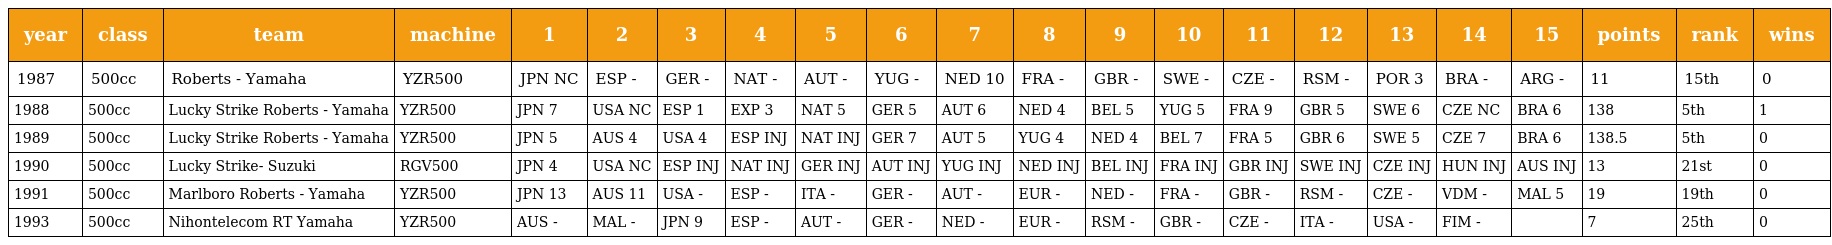
| year | class | team | machine | 1 | 2 | 3 | 4 | 5 | 6 | 7 | 8 | 9 | 10 | 11 | 12 | 13 | 14 | 15 | points | rank | wins |
 | --- | --- | --- | --- | --- | --- | --- | --- | --- | --- | --- | --- | --- | --- | --- | --- | --- | --- | --- | --- | --- | --- |
 | 1987 | 500cc | Roberts - Yamaha | YZR500 | JPN NC | ESP - | GER - | NAT - | AUT - | YUG - | NED 10 | FRA - | GBR - | SWE - | CZE - | RSM - | POR 3 | BRA - | ARG - | 11 | 15th | 0 |
 | 1988 | 500cc | Lucky Strike Roberts - Yamaha | YZR500 | JPN 7 | USA NC | ESP 1 | EXP 3 | NAT 5 | GER 5 | AUT 6 | NED 4 | BEL 5 | YUG 5 | FRA 9 | GBR 5 | SWE 6 | CZE NC | BRA 6 | 138 | 5th | 1 |
 | 1989 | 500cc | Lucky Strike Roberts - Yamaha | YZR500 | JPN 5 | AUS 4 | USA 4 | ESP INJ | NAT INJ | GER 7 | AUT 5 | YUG 4 | NED 4 | BEL 7 | FRA 5 | GBR 6 | SWE 5 | CZE 7 | BRA 6 | 138.5 | 5th | 0 |
 | 1990 | 500cc | Lucky Strike- Suzuki | RGV500 | JPN 4 | USA NC | ESP INJ | NAT INJ | GER INJ | AUT INJ | YUG INJ | NED INJ | BEL INJ | FRA INJ | GBR INJ | SWE INJ | CZE INJ | HUN INJ | AUS INJ | 13 | 21st | 0 |
 | 1991 | 500cc | Marlboro Roberts - Yamaha | YZR500 | JPN 13 | AUS 11 | USA - | ESP - | ITA - | GER - | AUT - | EUR - | NED - | FRA - | GBR - | RSM - | CZE - | VDM - | MAL 5 | 19 | 19th | 0 |
 | 1993 | 500cc | Nihontelecom RT Yamaha | YZR500 | AUS - | MAL - | JPN 9 | ESP - | AUT - | GER - | NED - | EUR - | RSM - | GBR - | CZE - | ITA - | USA - | FIM - |  | 7 | 25th | 0 |